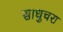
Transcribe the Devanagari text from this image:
साधुचरा